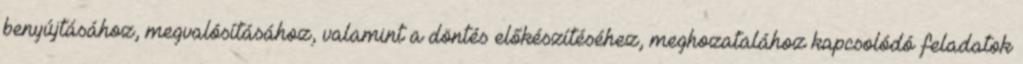
benyújtásához, megvalósításához, valamint a döntés előkészítéséhez, meghozatalához kapcsolódó feladatok